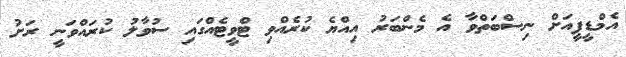
އެމްޑީޕީއަށް ނިސްބަތްވާ އެ މެންބަރު އިއްޔެ ކުރެއްވި ޓްވީޓެއްގައި ސުވާލު ކުރައްވަނީ ރަށު